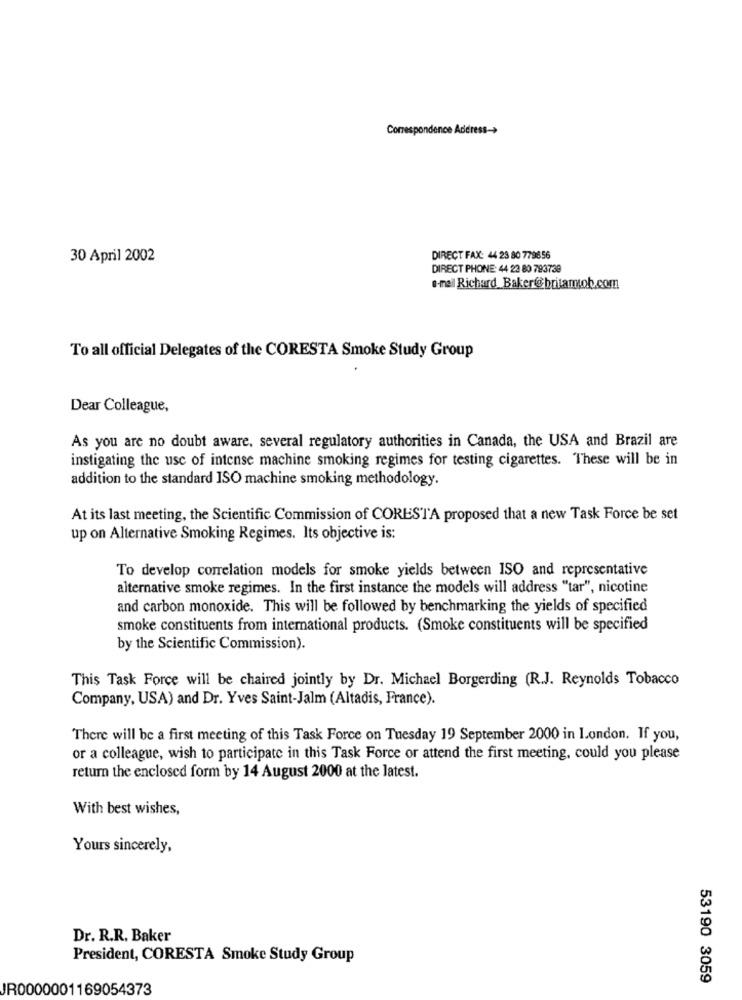
Correspondence Address->
30 April 2002
DIRECT FAX: 44 23 80 779656
DIRECT PHONE: 44 23 80 793739
e-mail Richard Baker@britamob.com
To all official Delegates of the CORESTA Smoke Study Group
Dear Colleague,
As you are no doubt aware, several regulatory authorities in Canada, the USA and Brazil are
instigating the use of intense machine smoking regimes for testing cigarettes. These will be in
addition to the standard ISO machine smoking methodology.
At its last meeting, the Scientific Commission of CORESTA proposed that a new Task Force be set
up on Alternative Smoking Regimes. Its objective is:
To develop correlation models for smoke yields between ISO and representative
alternative smoke regimes. In the first instance the models will address "tar", nicotine
and carbon monoxide. This will be followed by benchmarking the yields of specified
smoke constituents from international products. (Smoke constituents will be specified
by the Scientific Commission).
This Task Force will be chaired jointly by Dr. Michael Borgerding (R.J. Reynolds Tobacco
Company, USA) and Dr. Yves Saint-Jalm (Altadis, France).
There will be a first meeting of this Task Force on Tuesday 19 September 2000 in London. If you,
or a colleague, wish to participate in this Task Force or attend the first meeting, could you please
return the enclosed form by 14 August 2000 at the latest.
With best wishes,
Yours sincerely,
Dr. R.R. Baker
President, CORESTA Smoke Study Group
53190 3059
JR0000001169054373